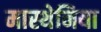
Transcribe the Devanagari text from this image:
मास्थेनिया